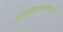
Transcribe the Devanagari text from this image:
ग्लिरीसीडीया